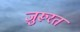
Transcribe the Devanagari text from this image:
ज़ुरूरत